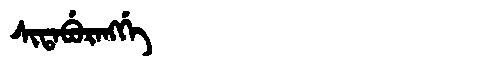
Manchu: ᠰᡳᡨᠠᠪᡠᡵᠠᠩᡤᡝ
Romanization: SITABURANGGE